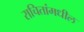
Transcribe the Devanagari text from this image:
राचितांमधील